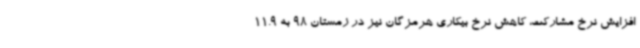
افزایش نرخ مشارکت، کاهش نرخ بیکاری هرمزگان نیز در زمستان 98 به 11.9